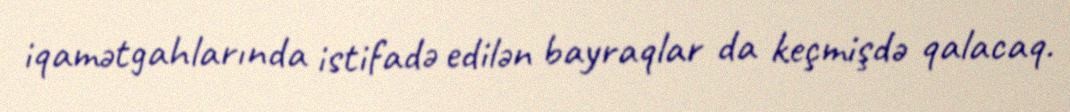
iqamətgahlarında istifadə edilən bayraqlar da keçmişdə qalacaq.